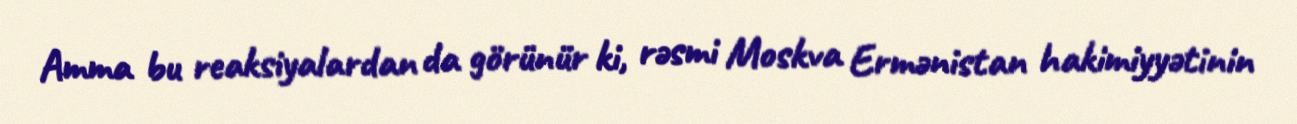
Amma bu reaksiyalardan da görünür ki, rəsmi Moskva Ermənistan hakimiyyətinin